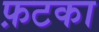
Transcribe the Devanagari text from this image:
फ़टका